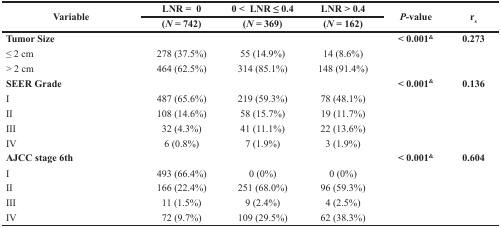
<table><thead><tr><td rowspan="2"><b>Variable</b></td><td><b>LNR = 0</b></td><td><b>0 &lt; LNR ≤ 0.4</b></td><td><b>LNR &gt; 0.4</b></td><td rowspan="2"><b><i>P</i>-value</b></td><td rowspan="2"><b>r<sub>s</sub></b></td></tr><tr><td><b>(<i>N</i> = 742)</b></td><td><b>(<i>N</i> = 369)</b></td><td><b>(<i>N</i> = 162)</b></td></tr></thead><tbody><tr><td><b>Tumor Size</b></td><td></td><td></td><td></td><td><b>&lt; 0.001<sup>&amp;</sup></b></td><td><b>0.273</b></td></tr><tr><td>≤ 2 cm</td><td>278 (37.5%)</td><td>55 (14.9%)</td><td>14 (8.6%)</td><td></td><td></td></tr><tr><td>&gt; 2 cm</td><td>464 (62.5%)</td><td>314 (85.1%)</td><td>148 (91.4%)</td><td></td><td></td></tr><tr><td><b>SEER Grade</b></td><td></td><td></td><td></td><td><b>&lt; 0.001<sup>&amp;</sup></b></td><td><b>0.136</b></td></tr><tr><td>I</td><td>487 (65.6%)</td><td>219 (59.3%)</td><td>78 (48.1%)</td><td></td><td></td></tr><tr><td>II</td><td>108 (14.6%)</td><td>58 (15.7%)</td><td>19 (11.7%)</td><td></td><td></td></tr><tr><td>III</td><td>32 (4.3%)</td><td>41 (11.1%)</td><td>22 (13.6%)</td><td></td><td></td></tr><tr><td>IV</td><td>6 (0.8%)</td><td>7 (1.9%)</td><td>3 (1.9%)</td><td></td><td></td></tr><tr><td><b>AJCC stage 6th</b></td><td></td><td></td><td></td><td><b>&lt; 0.001<sup>&amp;</sup></b></td><td><b>0.604</b></td></tr><tr><td>I</td><td>493 (66.4%)</td><td>0 (0%)</td><td>0 (0%)</td><td></td><td></td></tr><tr><td>II</td><td>166 (22.4%)</td><td>251 (68.0%)</td><td>96 (59.3%)</td><td></td><td></td></tr><tr><td>III</td><td>11 (1.5%)</td><td>9 (2.4%)</td><td>4 (2.5%)</td><td></td><td></td></tr><tr><td>IV</td><td>72 (9.7%)</td><td>109 (29.5%)</td><td>62 (38.3%)</td><td></td><td></td></tr></tbody></table>